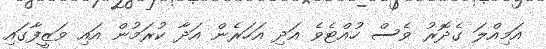
އަމިއްލަ ގެދޮރު ވެސް ހުއްޓެވެ އަދި އަހަރެން އަދާ ކުރަމުން އައި ވަޒީފާގައި